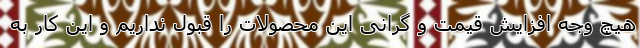
هیچ وجه افزایش قیمت و گرانی این محصولات را قبول نداریم و این کار به